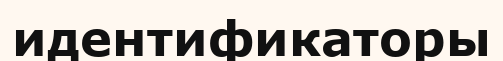
идентификаторы